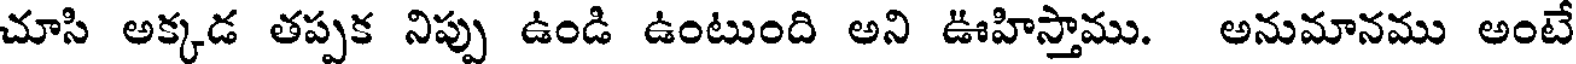
చూసి అక్కడ తప్పక నిప్పు ఉండి ఉంటుంది అని ఊహిస్తాము. అనుమానము అంటే